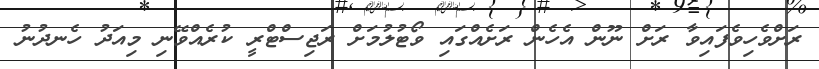
ރަށްވެހިވެފައިވާ ރަށް ނޫން އެހެން ރަށެއްގައި ވޯޓުލުމަށް ރަޖިސްޓްރީ ކުރެއްވޭނި މިއަދު ހެނދުނު